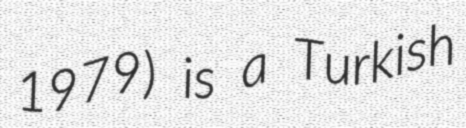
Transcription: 1979) is a Turkish